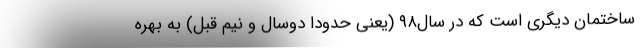
ساختمان دیگری است که در سال۹۸ (یعنی حدودا دوسال و نیم قبل) به بهره